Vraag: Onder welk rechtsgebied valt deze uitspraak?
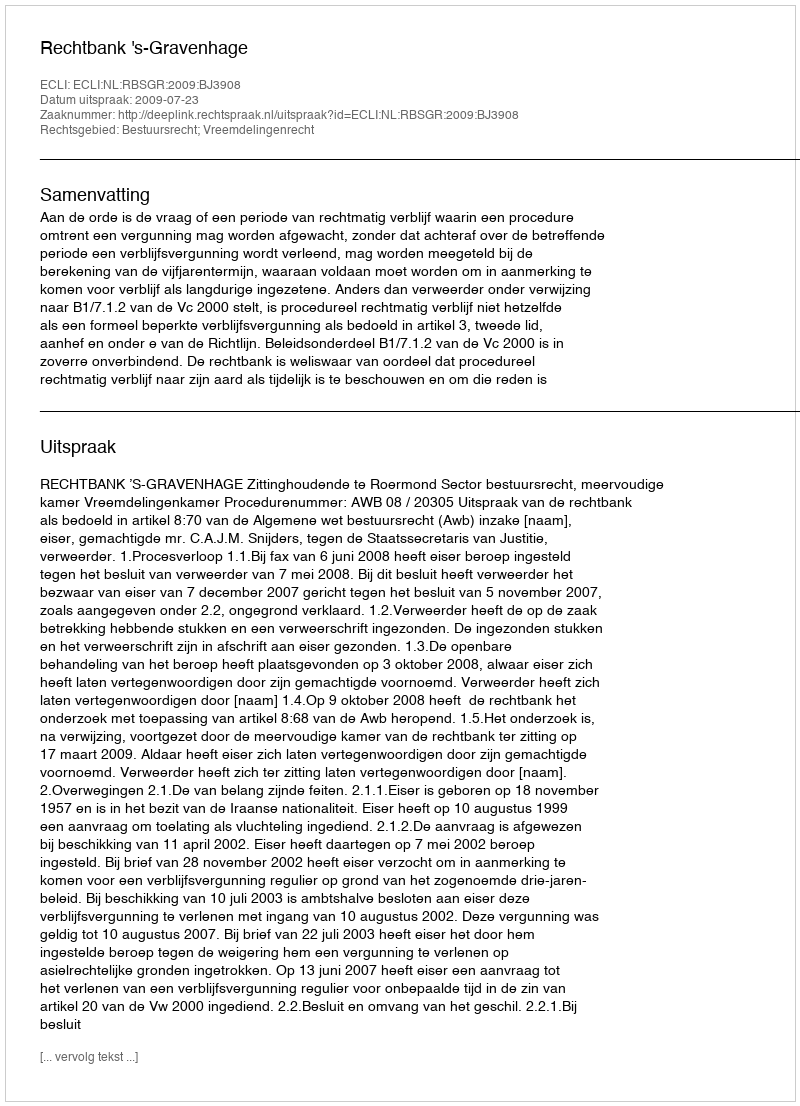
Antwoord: Bestuursrecht; Vreemdelingenrecht